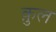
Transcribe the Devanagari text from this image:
क़ुल